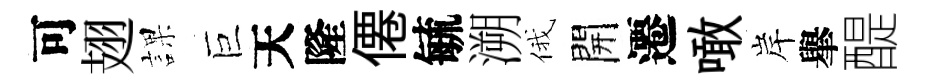
可翅課巨天隆僊毓溯俄開遷噉岸𦦙醍